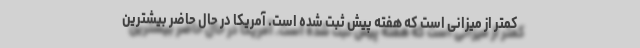
کمتر از میزانی است که هفته پیش ثبت شده است. آمریکا در حال حاضر بیشترین